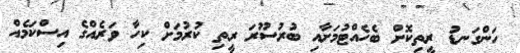
ހަންގަނޑު ރީތިކޮށް ބެހެއްޓުމަށާއި ބުރުސޫރަ ރީތި ކުރުމަށް ކިހާ ވަރެއްގެ އިސްކަމެއް